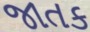
જાતક